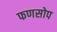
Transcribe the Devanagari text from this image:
फणसोप